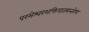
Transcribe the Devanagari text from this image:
परमेश्वरशक्तिपातमन्तरेण